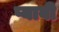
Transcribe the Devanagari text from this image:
प्यावी